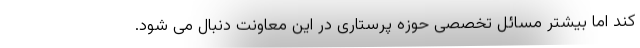
کند اما بیشتر مسائل تخصصی حوزه پرستاری در این معاونت دنبال می شود.